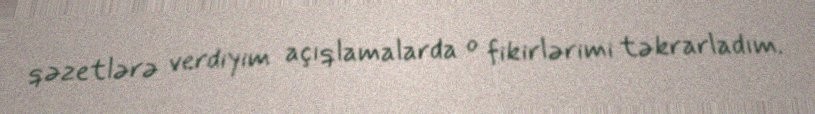
qəzetlərə verdiyim açıqlamalarda o fikirlərimi təkrarladım.